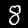
Label: 8